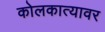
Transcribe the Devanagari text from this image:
कोलकात्यावर